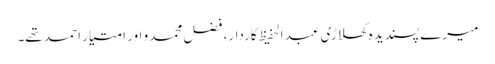
میرے پسندیدہ کھلاڑی عبد الحفیظ کاردار، فضل محمدو اور امتیار احمد تھے۔